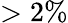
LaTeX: >2\%